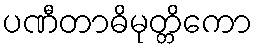
ပဏီတာဓိမုတ္တိကော